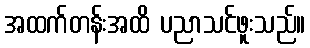
အထက်တန်းအထိ ပညာသင်ဖူးသည်။